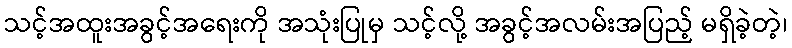
သင့်အထူးအခွင့်အရေးကို အသုံးပြုမှ သင့်လို့ အခွင့်အလမ်းအပြည့် မရှိခဲ့တဲ့၊